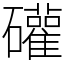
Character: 礶